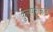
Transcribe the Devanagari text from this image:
कुलपतीकडे